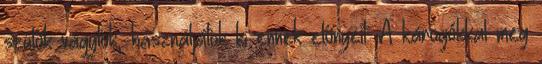
szülők vagytok, használjátok ki ennek előnyeit. A károgókkal meg